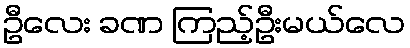
ဦလေး ခဏ ကြည့်ဦးမယ်လေ